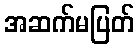
အဆက်မပြတ်